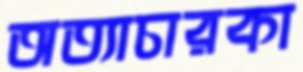
অত্যাচারকা